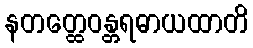
နတတ္ထေဝန္တရဓာယထာတိ